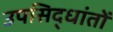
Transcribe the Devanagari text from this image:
उपसिद्धांतों